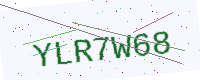
Text: YLR7W68